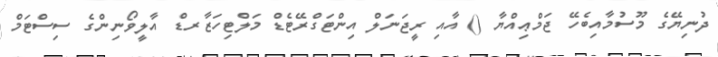
ދުނިޔޭގެ މޫސުމާއިބެހޭ ޖަމްޢިއްޔާ () އާއި ރީޖަނަލް އިންޓަގްރޭޓެޑް މަލްޓިހަޒާރޑް އާލީވޯނިންގެ ސިސްޓަމް